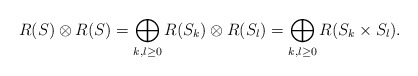
\begin{align*}R(S)\otimes R(S)=\bigoplus_{k,l\geq 0}R(S_k)\otimes R(S_l)=\bigoplus_{k,l\geq 0}R(S_k\times S_l).\end{align*}